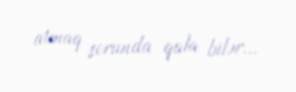
atmaq zorunda qala bilər...